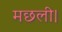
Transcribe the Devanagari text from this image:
मछली।